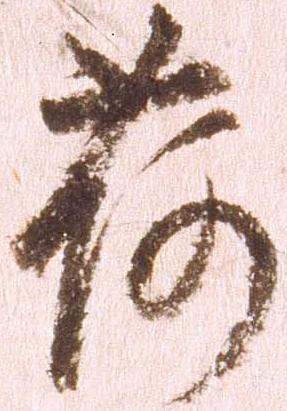
荷